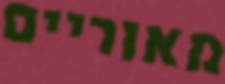
מאוריים